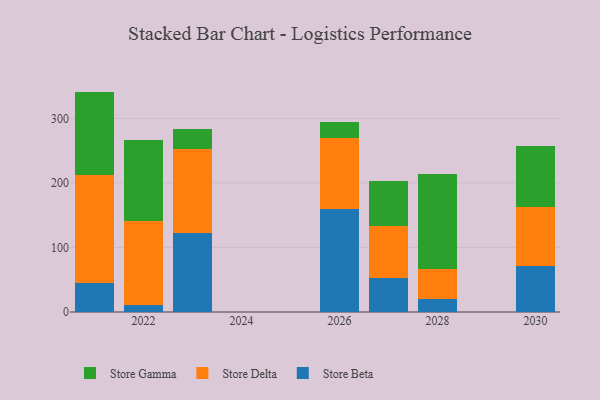
{"axis": {"x": "Year", "y": "Tickets Resolved"}, "legend": ["Store Beta", "Store Delta", "Store Gamma"], "data": [{"x": "2026", "y": 159.7, "type": "Store Beta"}, {"x": "2026", "y": 110.5, "type": "Store Delta"}, {"x": "2026", "y": 24.7, "type": "Store Gamma"}, {"x": "2021", "y": 44.2, "type": "Store Beta"}, {"x": "2021", "y": 168.8, "type": "Store Delta"}, {"x": "2021", "y": 128.6, "type": "Store Gamma"}, {"x": "2028", "y": 20.8, "type": "Store Beta"}, {"x": "2028", "y": 45.9, "type": "Store Delta"}, {"x": "2028", "y": 147.1, "type": "Store Gamma"}, {"x": "2022", "y": 11.1, "type": "Store Beta"}, {"x": "2022", "y": 130.5, "type": "Store Delta"}, {"x": "2022", "y": 125.1, "type": "Store Gamma"}, {"x": "2023", "y": 122.2, "type": "Store Beta"}, {"x": "2023", "y": 129.8, "type": "Store Delta"}, {"x": "2023", "y": 31.8, "type": "Store Gamma"}, {"x": "2030", "y": 71.3, "type": "Store Beta"}, {"x": "2030", "y": 91.7, "type": "Store Delta"}, {"x": "2030", "y": 94.3, "type": "Store Gamma"}, {"x": "2027", "y": 52.4, "type": "Store Beta"}, {"x": "2027", "y": 80.6, "type": "Store Delta"}, {"x": "2027", "y": 69.8, "type": "Store Gamma"}]}